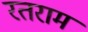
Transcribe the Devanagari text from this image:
रतराम